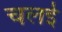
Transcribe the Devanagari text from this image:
चलई